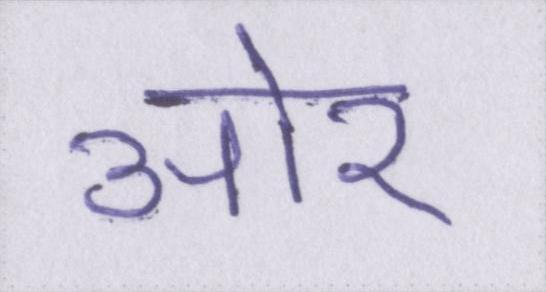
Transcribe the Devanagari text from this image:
आ॓र